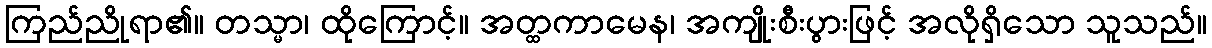
ကြည်ညိုရာ၏။ တသ္မာ၊ ထိုကြောင့်။ အတ္ထကာမေန၊ အကျိုးစီးပွားဖြင့် အလိုရှိသော သူသည်။